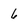
Character: 6